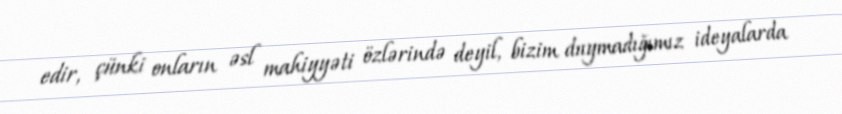
edir, çünki onların əsl mahiyyəti özlərində deyil, bizim duymadığımız ideyalarda